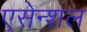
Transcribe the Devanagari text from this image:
एसेन्शल